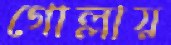
গোল্লায়